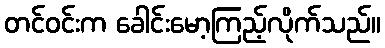
တင်ဝင်းက ခေါင်းမော့ကြည့်လိုက်သည်။